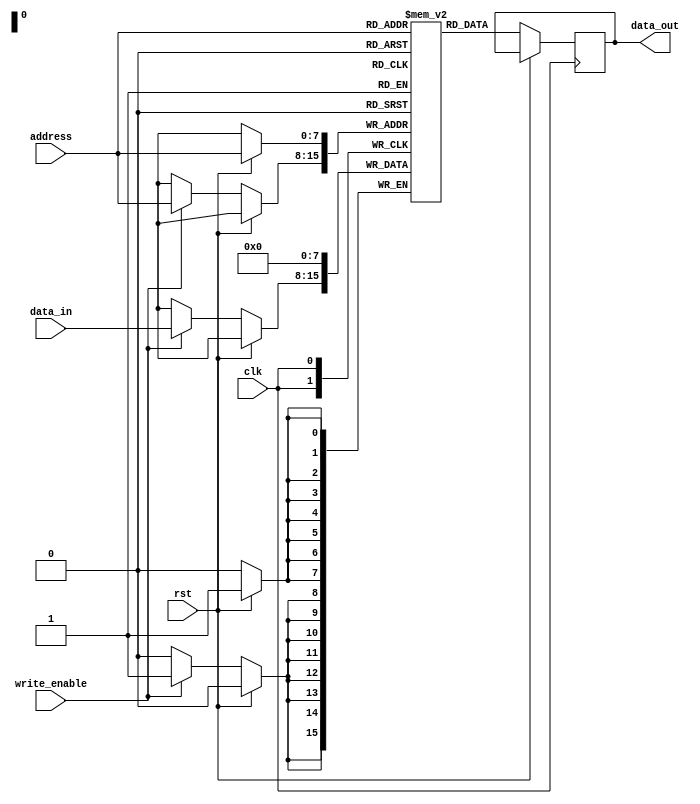
module MemoryBlocks (
  input wire clk,
  input wire rst,
  input wire [7:0] address,
  input wire write_enable,
  input wire [7:0] data_in,
  output reg [7:0] data_out
);

// Memory Array consisting of rows and columns
reg [7:0] memory_array [0:255];

// Column decoder to select the appropriate column
reg [7:0] column_select;
always @ (address)
  column_select = address[7:0];

// Row decoder to select the appropriate row
reg [7:0] row_select;
always @ (address)
  row_select = address[7:0];

// Write control logic
always @ (posedge clk)
begin
  if (rst) begin
    memory_array[address] <= 8'b0;
  end else if (write_enable) begin
    memory_array[address] <= data_in;
  end
end

// Read control logic
always @ (posedge clk)
begin
  if (!rst) begin
    data_out <= memory_array[address];
  end
end

endmodule